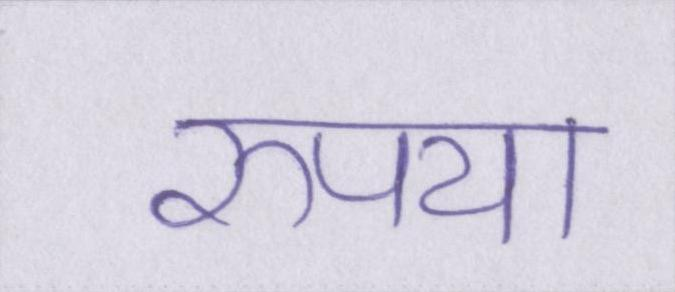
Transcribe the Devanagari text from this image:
रुपया